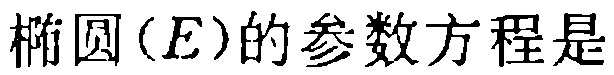
椭圆\((E)\)的参数方程是